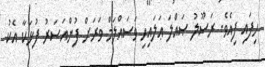
ހިފައި ފިއެވެ. ރަސޫލު ޞައްލަ ޢަލައިހި ވަސައްލަމް ވަރަށް ފުންއަސަރު ފުޅަކާ އެކު